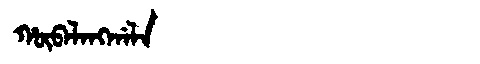
Manchu: ᡥᡡᠪᠠᠯᠠᠩᡤᠠᠯᠠ
Romanization: HŪBALANGGALA